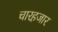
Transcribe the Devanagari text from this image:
चारहजार